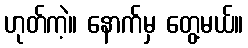
ဟုတ်ကဲ့။ နောက်မှ တွေ့မယ်။